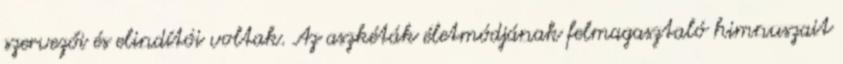
szervezői és elindítói voltak. Az aszkéták életmódjának felmagasztaló himnuszait